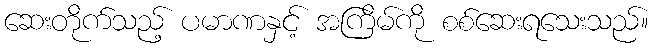
ဆေးတိုက်သည့် ပမာဏနှင့် အကြိမ်ကို စစ်ဆေးရသေးသည်။